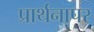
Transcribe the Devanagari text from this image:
प्रार्थनापर